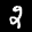
Label: 2